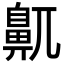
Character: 鼿